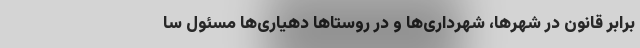
برابر قانون در شهرها، شهرداری‌ها و در روستا‌ها دهیاری‌ها مسئول سا